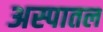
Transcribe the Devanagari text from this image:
अस्पातल